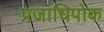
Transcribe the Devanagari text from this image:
प्रजाधिपोक